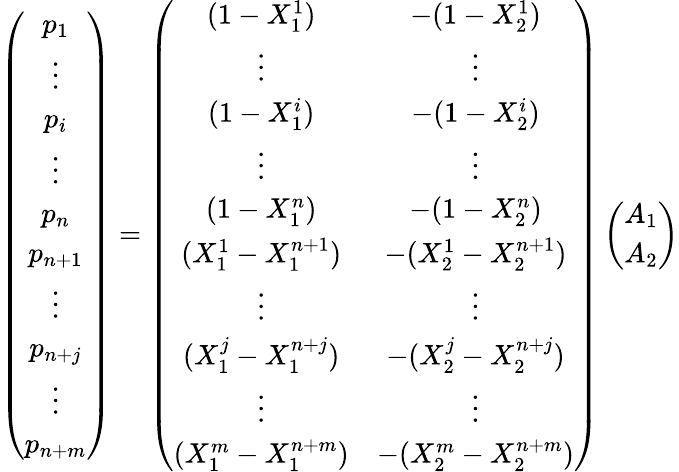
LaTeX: \left(\begin{array}{c}{p_{1}}\\ {\vdots}\\ {p_{i}}\\ {\vdots}\\ {p_{n}}\\ {p_{n+1}}\\ {\vdots}\\ {p_{n+j}}\\ {\vdots}\\ {p_{n+m}}\end{array}\right)=\left(\begin{array}{cc}{(1-X_{1}^{1})}&{-(1-X_{2}^{1})}\\ {\vdots}&{\vdots}\\ {(1-X_{1}^{i})}&{-(1-X_{2}^{i})}\\ {\vdots}&{\vdots}\\ {(1-X_{1}^{n})}&{-(1-X_{2}^{n})}\\ {(X_{1}^{1}-X_{1}^{n+1})}&{-(X_{2}^{1}-X_{2}^{n+1})}\\ {\vdots}&{\vdots}\\ {(X_{1}^{j}-X_{1}^{n+j})}&{-(X_{2}^{j}-X_{2}^{n+j})}\\ {\vdots}&{\vdots}\\ {(X_{1}^{m}-X_{1}^{n+m})}&{-(X_{2}^{m}-X_{2}^{n+m})}\end{array}\right)\left(\begin{array}{c}{A_{1}}\\ {A_{2}}\end{array}\right)